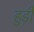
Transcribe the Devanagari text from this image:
हुड़ी